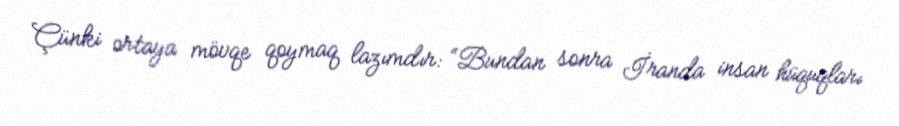
Çünki ortaya mövqe qoymaq lazımdır: “Bundan sonra İranda insan hüquqları